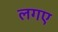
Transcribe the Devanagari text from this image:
लगए